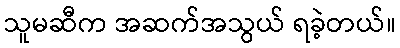
သူမဆီက အဆက်အသွယ် ရခဲ့တယ်။